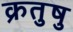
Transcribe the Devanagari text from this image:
क्रतुषु